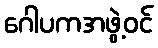
ဂေါပကအဖွဲ့ဝင်